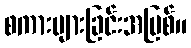
စကားများခြင်းအပြစ်။